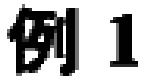
例 1